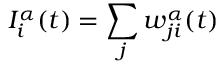
I _ { i } ^ { \alpha } ( t ) = \sum _ { j } w _ { j i } ^ { \alpha } ( t )